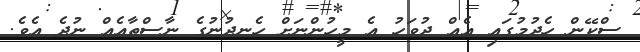
ސްކޭން ހެދުމުގައި އެއް ދުވަހު އެ މީހުންނަށް ހެނދުނުގެ ނާސްތާއެއް ނުދެ އެވެ.